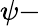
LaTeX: \psi-